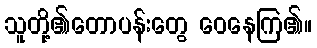
သူတို့၏တောပန်းတွေ ဝေနေကြ၏။